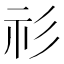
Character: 𥘎